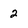
Character: 2